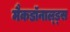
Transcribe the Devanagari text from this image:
मैकडॉनाल्ड्स